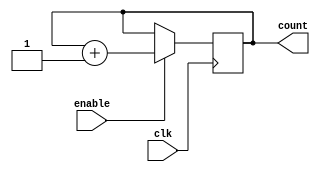
module ring_counter_enable (
    input clk,
    input enable,
    output reg [3:0] count
);

always @(posedge clk) begin
    if(enable) begin
        count <= count + 1;
    end
end

endmodule